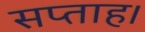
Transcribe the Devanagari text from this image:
सप्ताह।